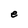
Character: e